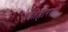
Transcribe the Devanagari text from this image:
प्रतिहारणी